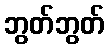
ဘွတ်ဘွတ်